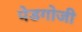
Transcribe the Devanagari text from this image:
पेडगोजी